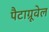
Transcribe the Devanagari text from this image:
पैटाग्रूवेल